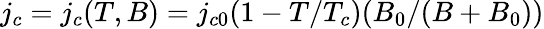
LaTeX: j_{c}=j_{c}(T,B)=j_{c0}(1-T/T_{c})(B_{0}/(B+B_{0}))